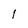
Character: 1